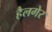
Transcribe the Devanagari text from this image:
हैलगेर